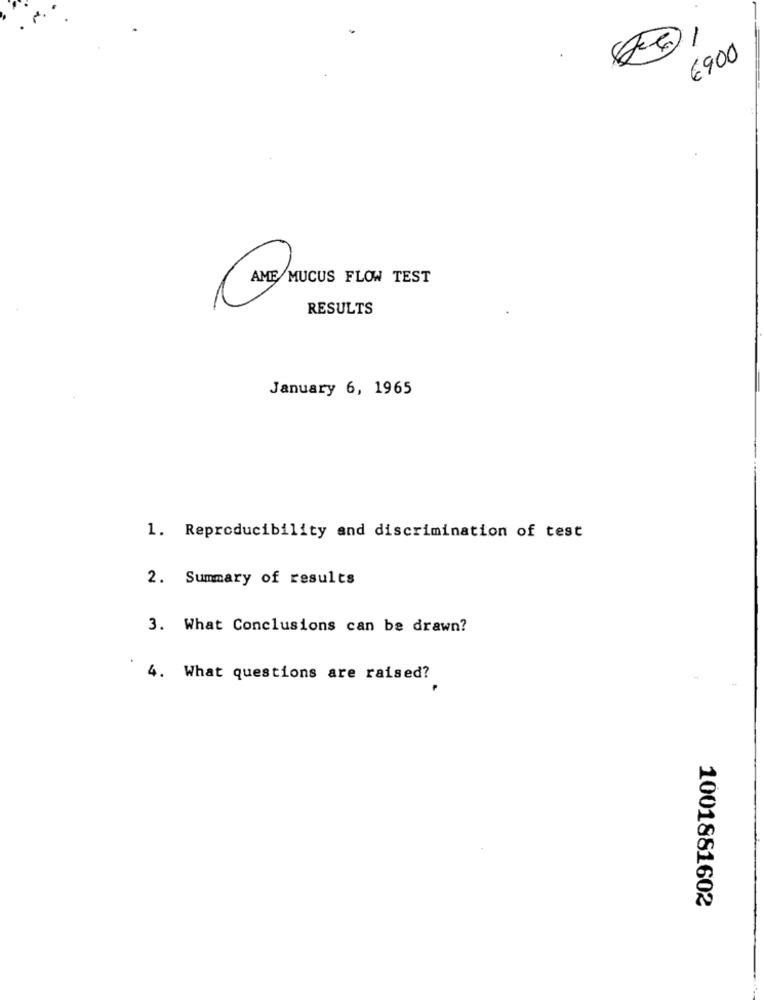
-
6900
ARE MUCUS
RESULTS
January 6, 1965
1. Reproducibility and discrimination of test
2. Summary of results
3. What Conclusions can be drawn?
4. What questions are raised?
1001881602